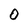
Character: O